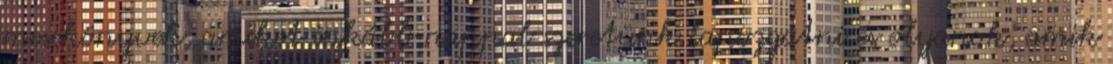
mesekönyvek, amiket inkább nappal szeretünk lapozgatni és olyanok, amik